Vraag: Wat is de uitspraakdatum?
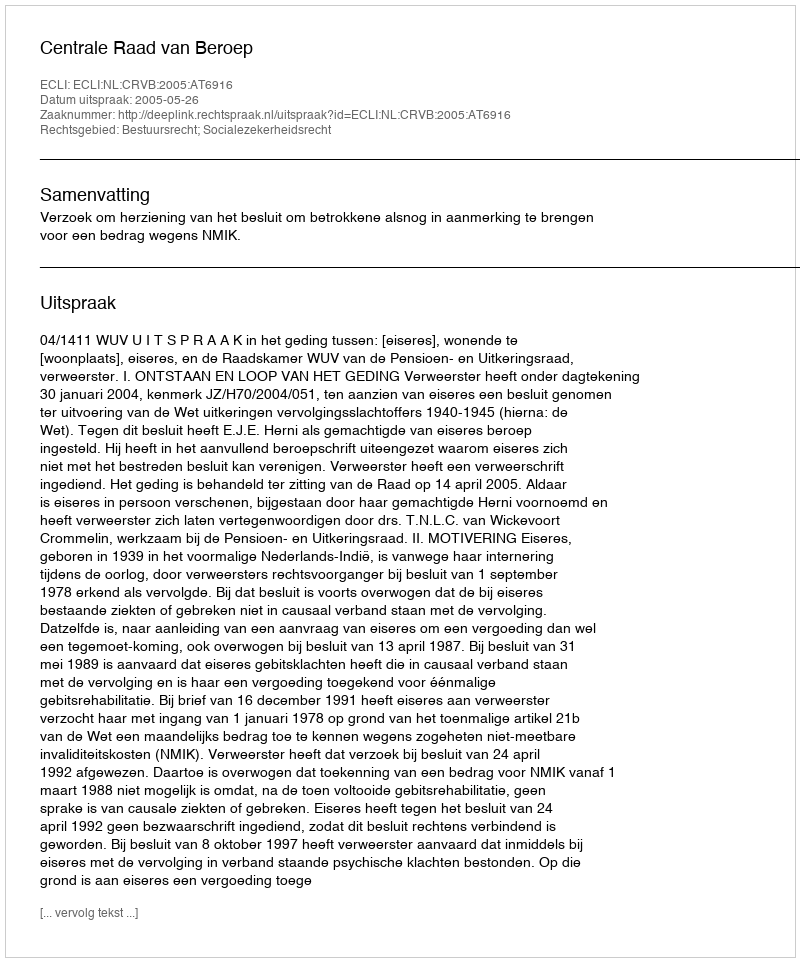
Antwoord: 2005-05-26